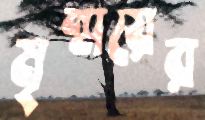
মৃন্ময়ের